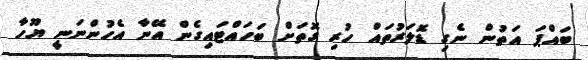
ބައްޕަ އަތުން ނެގި ޑޮލަރުތައް ހުރި ގޮތަށް ބަހައްޓައިގެން އޭނާ އެހުންނަނީ ޔޫހާ